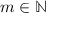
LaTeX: m \in \mathbb { N }